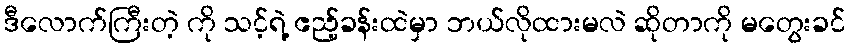
ဒီလောက်ကြီးတဲ့ ကို သင့်ရဲ့ ဧည့်ခန်းထဲမှာ ဘယ်လိုထားမလဲ ဆိုတာကို မတွေးခင်